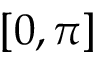
[ 0 , \pi ]